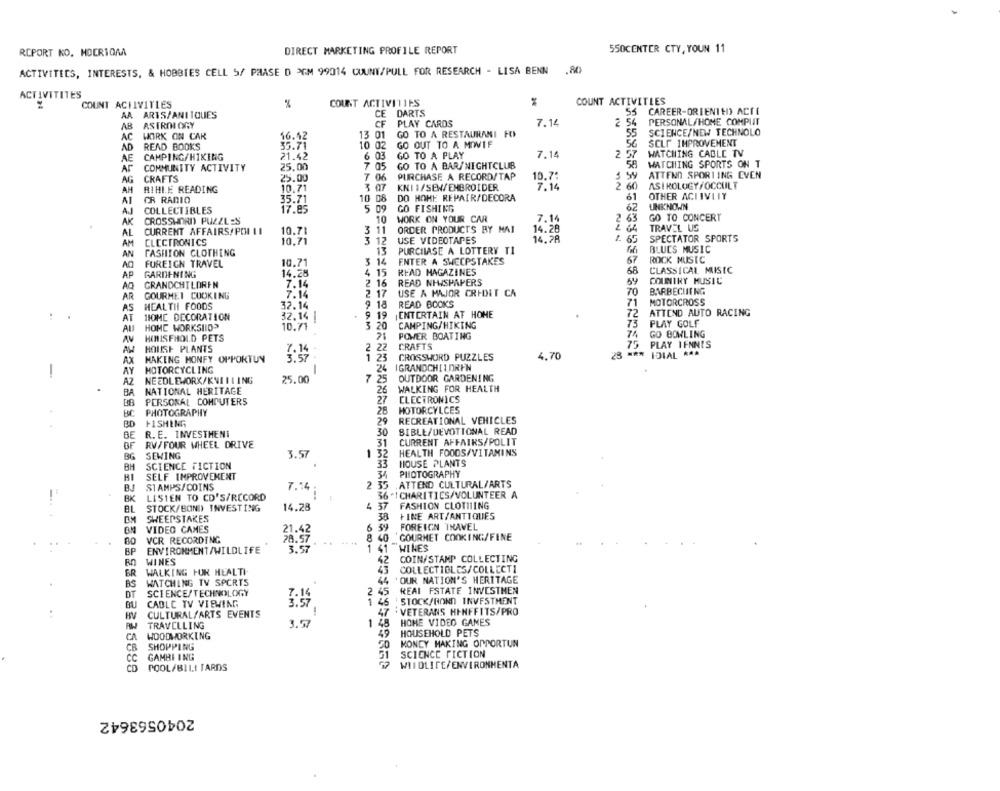
REPORT KO. HOCRIOAA
DIRECT MARKETING PROFILE REPORT
550CENTER CTY, YOUN 11
ACTIVITIES, INTERESTS, & HOBBIES CELL 5/ PHASE D PGM 99014 COUNT/PULL FOR RESEARCH - LISA BENN
.80
ACTIVITITES
COUNT ACTIVITIES
COUNT ACTIVITIES
COUNT ACTIVITIES
55 CAREER-ORIENTED ACTE
AA ARTS/ANI IQUES
CE DARTS
PERSONAL/HOME COMPUT
AB
ASTRONI ORY
CF PLAY CARDS
7.14
: 54
WORK ON CAR
13 01
GO TO A RESTAURANI FO
55
SCIENCE/NEW TECHNOLO
AC
16.42
SELF IMPROVEMENT
AD
READ BOOKS
35.71
10 02
GO OUT TO A MIWIF
AE
CAMPING/HIKING
21.42
6 03
GO TO A PLAY
7.14
2.5
WATCHING CABLE TV
COMMUNITY ACTIVITY
25.00
7 05
GO TO A BAR/NIGHTCLUB
WATCHING SPORTS ON T
MOON
ATTEND SPORTING EVEN
AG
CRAFTS
25.00
7 06
PURCHASE A RECORD/TAP
10.7
AH
RIHLE READING
10.71
3 .07
KNI 1/SEW/EMBROIDER
7.14
2 60
ASTROLOGY/OCCULT
35.71
10 06
DO HOHE REPAIR/DECORA
61
OTHER ACTIVITY
AI
CR RADIO
GO FISHING
UNKNOWN
AJ
COLLECTIBLES
17.85
5 09
62
AK
CROSSWORD PUZZLES
10
WORK ON YOUR CAR
7.14
2
63
GO TO CONCERT
3 11
ORDER PRODUCTS BY MAI
14.28
TRAVEL US
AL
CURRENT AFFAIRS/ POMI LI
10.71
14.78
SPECTATOR SPORTS
AM
CLECTRONICS
10,71
3 12
USE VIDEOTAPES
65
AN
FASHION CLOTHING
13
PURCHASE A LOTTERY TI
BLUES MUSIC
3 14
ENTER A SWEEPSTAKES
67
ROCK MUSIC
FOREIGN TRAVEL
10.71
68
CLASSICAL MISIC
AP
GARDENING
14.28
4 15
READ MAGAZINES
Ag
GRANDCHILDREN
7.14
2 16
READ NHISPAPERS
COUNTRY MUSIC
7.14
2 17
USE A MAJOR CREDIT CA
70
BARBECUENG
AR
GOURMET COOKING
71
MOTORCROSS
AS
HEALTH FOODS
32.14
9 18
READ BOOKS
AT
HOME DECORATION
32.14 i
9 19
ENTERTAIN AT HOME
72
ATTEND AUTO RACING
3 20
CAMPING/HIKING
73
PLAY GOLF
ALI
HOME WORKSIID>
10.71
AV
HIHISFHOLD PETS
21
POWER BOATING
74
GO BOWLING
AW
HOUSE PLANTS
2
22
CRAFTS
75
PLAY IFNNIS
1.23
CROSSWORD PUZZLES
4.70
23 *** IDIAL ***
AX
MAKING MONEY OPPORTUN
-
AY
MOTORCYCLING
-24
IGRANDCHILDREN
AZ
NEEDLEWORK/KNI ILING
25.00
OUTDOOR GARDENING
26
WALKING FOR HEALTH
BA
NATIONAL HERITAGE
BB
PERSONAL COMPUTERS
27
ELECTRONICS
BC PHOTOGRAPHY
28
MOTORCYLCES
20
RECREATIONAL VEHICLES
BD
FISHING
R. E. INVESTHENI
30
BIBLE/DEVOTIONAL READ
RV/FOUR WHEEL DRIVE
31
CURRENT AFFAIRS/POLIT
HEALTH FOODS/VITAMINS
BG
SEWING
3.57
1
32
BM
SCIENCE FICTION
33
HOUSE PLANTS
SELF IMPROVEMENT
34
PHOTOGRAPHY
STAMPS/COINS
7.14
2 5
.ATTEND CULTURAL/ARTS
BK
LISTEN TO CD'S/RECORD
6 .I CHARITIES/VOLUNTEER A
4 3
FASHION CLOTHING
BL
STOCK/BOND INVESTING
14.28
FINE ART/ANTIQUES
SWEEPSTAKES
38
VIDEO CAMES
FOREIGN TRAVEL
VCR RECORDING
21.42
GOURMET COOKING/FINE
80
WINES
BP
ENVIRONMENT/WILDLIFE
WINES
COIN/STAMP COLLECTING
WALKING FOR HEALTH
24 681
COLLECTIBLES/COLLECTI
BR
BS
WATCHING TV SPORTS
'OUR NATION'S HERITAGE
DT
SCIENCE/TECHNOLOGY
REAL FSTATE INVESTMEN
STOCK/BONN INVESTMENT
BU
CABLE TV VIEWING
BV
CULTURAL/ARTS EVENTS
VETERANS HINFFITS/PRO
TRAVELLING
3.57
21 1
48
HOME VIDEO GAMES
49
HOUSEHOLD PETS
CA
WOODWORKING
CB
SHOPPING
MONEY MAKING OPPORTUN
CC
GAMBI ING
SCIENCE FICTION
WIIDLICE/ENVIRONMENTA
CD
POOL/BILI TARDS
2040563642